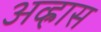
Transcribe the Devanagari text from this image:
अव्ह्रास